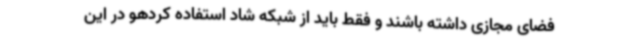
فضای مجازی داشته باشند و فقط باید از شبکه شاد استفاده کردهو در این